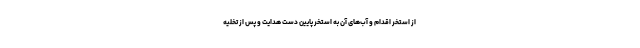
از استخر اقدام و آب‌های آن به استخر پایین دست هدایت و پس از تخلیه